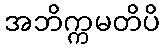
အဘိက္ကမတိပိ